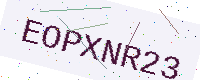
Text: EOPXNR23